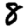
Digit: 8